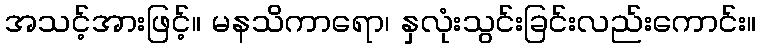
အသင့်အားဖြင့်။ မနသိကာရော၊ နှလုံးသွင်းခြင်းလည်းကောင်း။